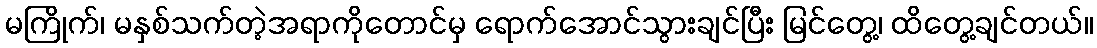
မကြိုက်၊ မနှစ်သက်တဲ့အရာကိုတောင်မှ ရောက်အောင်သွားချင်ပြီး မြင်တွေ့၊ ထိတွေ့ချင်တယ်။